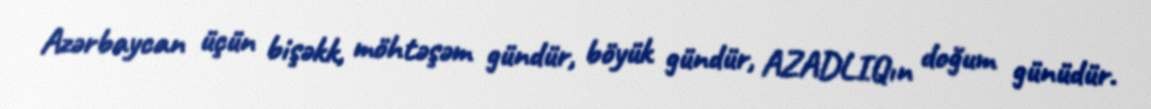
Azərbaycan üçün bişəkk, möhtəşəm gündür, böyük gündür, AZADLIQın doğum günüdür.